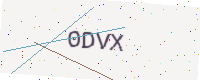
Text: 0DVX